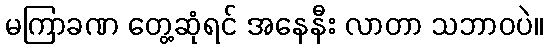
မကြာခဏ တွေ့ဆုံရင် အနေနီး လာတာ သဘာဝပဲ။